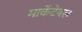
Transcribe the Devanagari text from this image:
मार्केटेबल